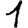
Digit: 1